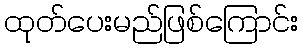
ထုတ်ပေးမည်ဖြစ်ကြောင်း